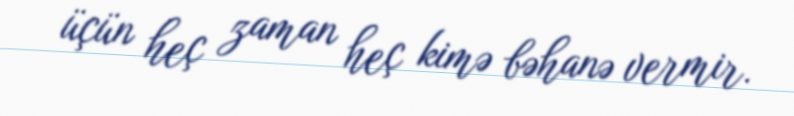
üçün heç zaman heç kimə bəhanə vermir.